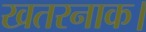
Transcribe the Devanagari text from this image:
खतरनाक।